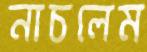
নাচলেম